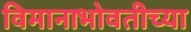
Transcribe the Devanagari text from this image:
विमानाभोवतीच्या